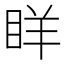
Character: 眻